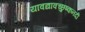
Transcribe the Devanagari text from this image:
यावद्यावच्छुष्कनदी